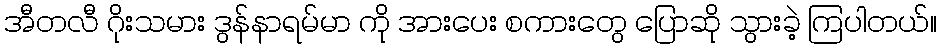
အီတလီ ဂိုးသမား ဒွန်နာရမ်မာ ကို အားပေး စကားတွေ ပြောဆို သွားခဲ့ ကြပါတယ်။